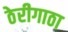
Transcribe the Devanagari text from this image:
ठेरीगाठा